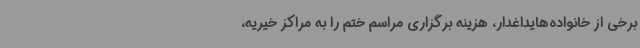
برخی از خانواده‌هایداغدار، هزینه برگزاری مراسم ختم را به مراکز خیریه،